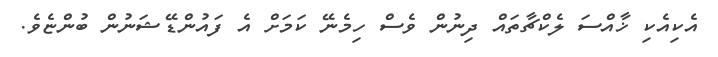
އެކިއެކި ޚާއްސަ ލެކްޗާތައް ދިނުން ވެސް ހިމެނޭ ކަމަށް އެ ފައުންޑޭޝަނުން ބުންޏެވެ.